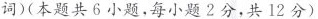
词)(本题共6小题,每小题2分，共12分)